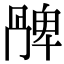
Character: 𠕩